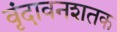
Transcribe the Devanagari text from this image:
वृंदावनशतक